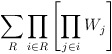
\begin{align*}\sum_R\prod_{i\in R}\left[\prod_{j\in i}W_j\right]\end{align*}